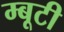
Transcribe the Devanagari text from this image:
म्बूटी